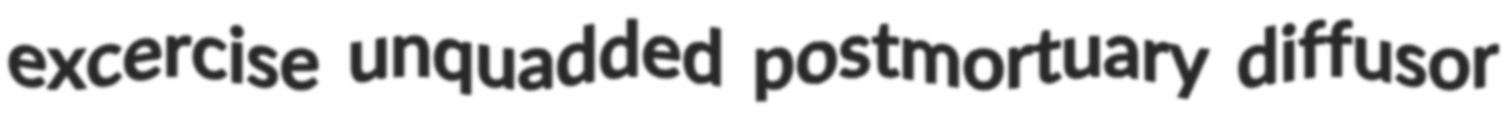
excercise unquadded postmortuary diffusor